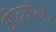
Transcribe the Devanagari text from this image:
ओज्ज़फेस्ट